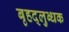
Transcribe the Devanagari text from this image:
बृहद्‌लुब्धक